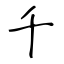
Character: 千